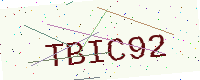
Text: TBIC92